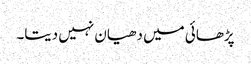
پڑھائی میں دھیان نہیں دیتا۔